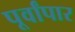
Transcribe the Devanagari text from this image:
पूर्वांपार